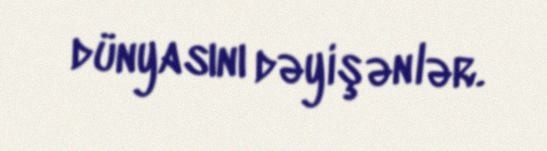
dünyasını dəyişənlər.